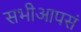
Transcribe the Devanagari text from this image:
सभीआपसं